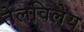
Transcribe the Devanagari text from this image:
तेलविलेय